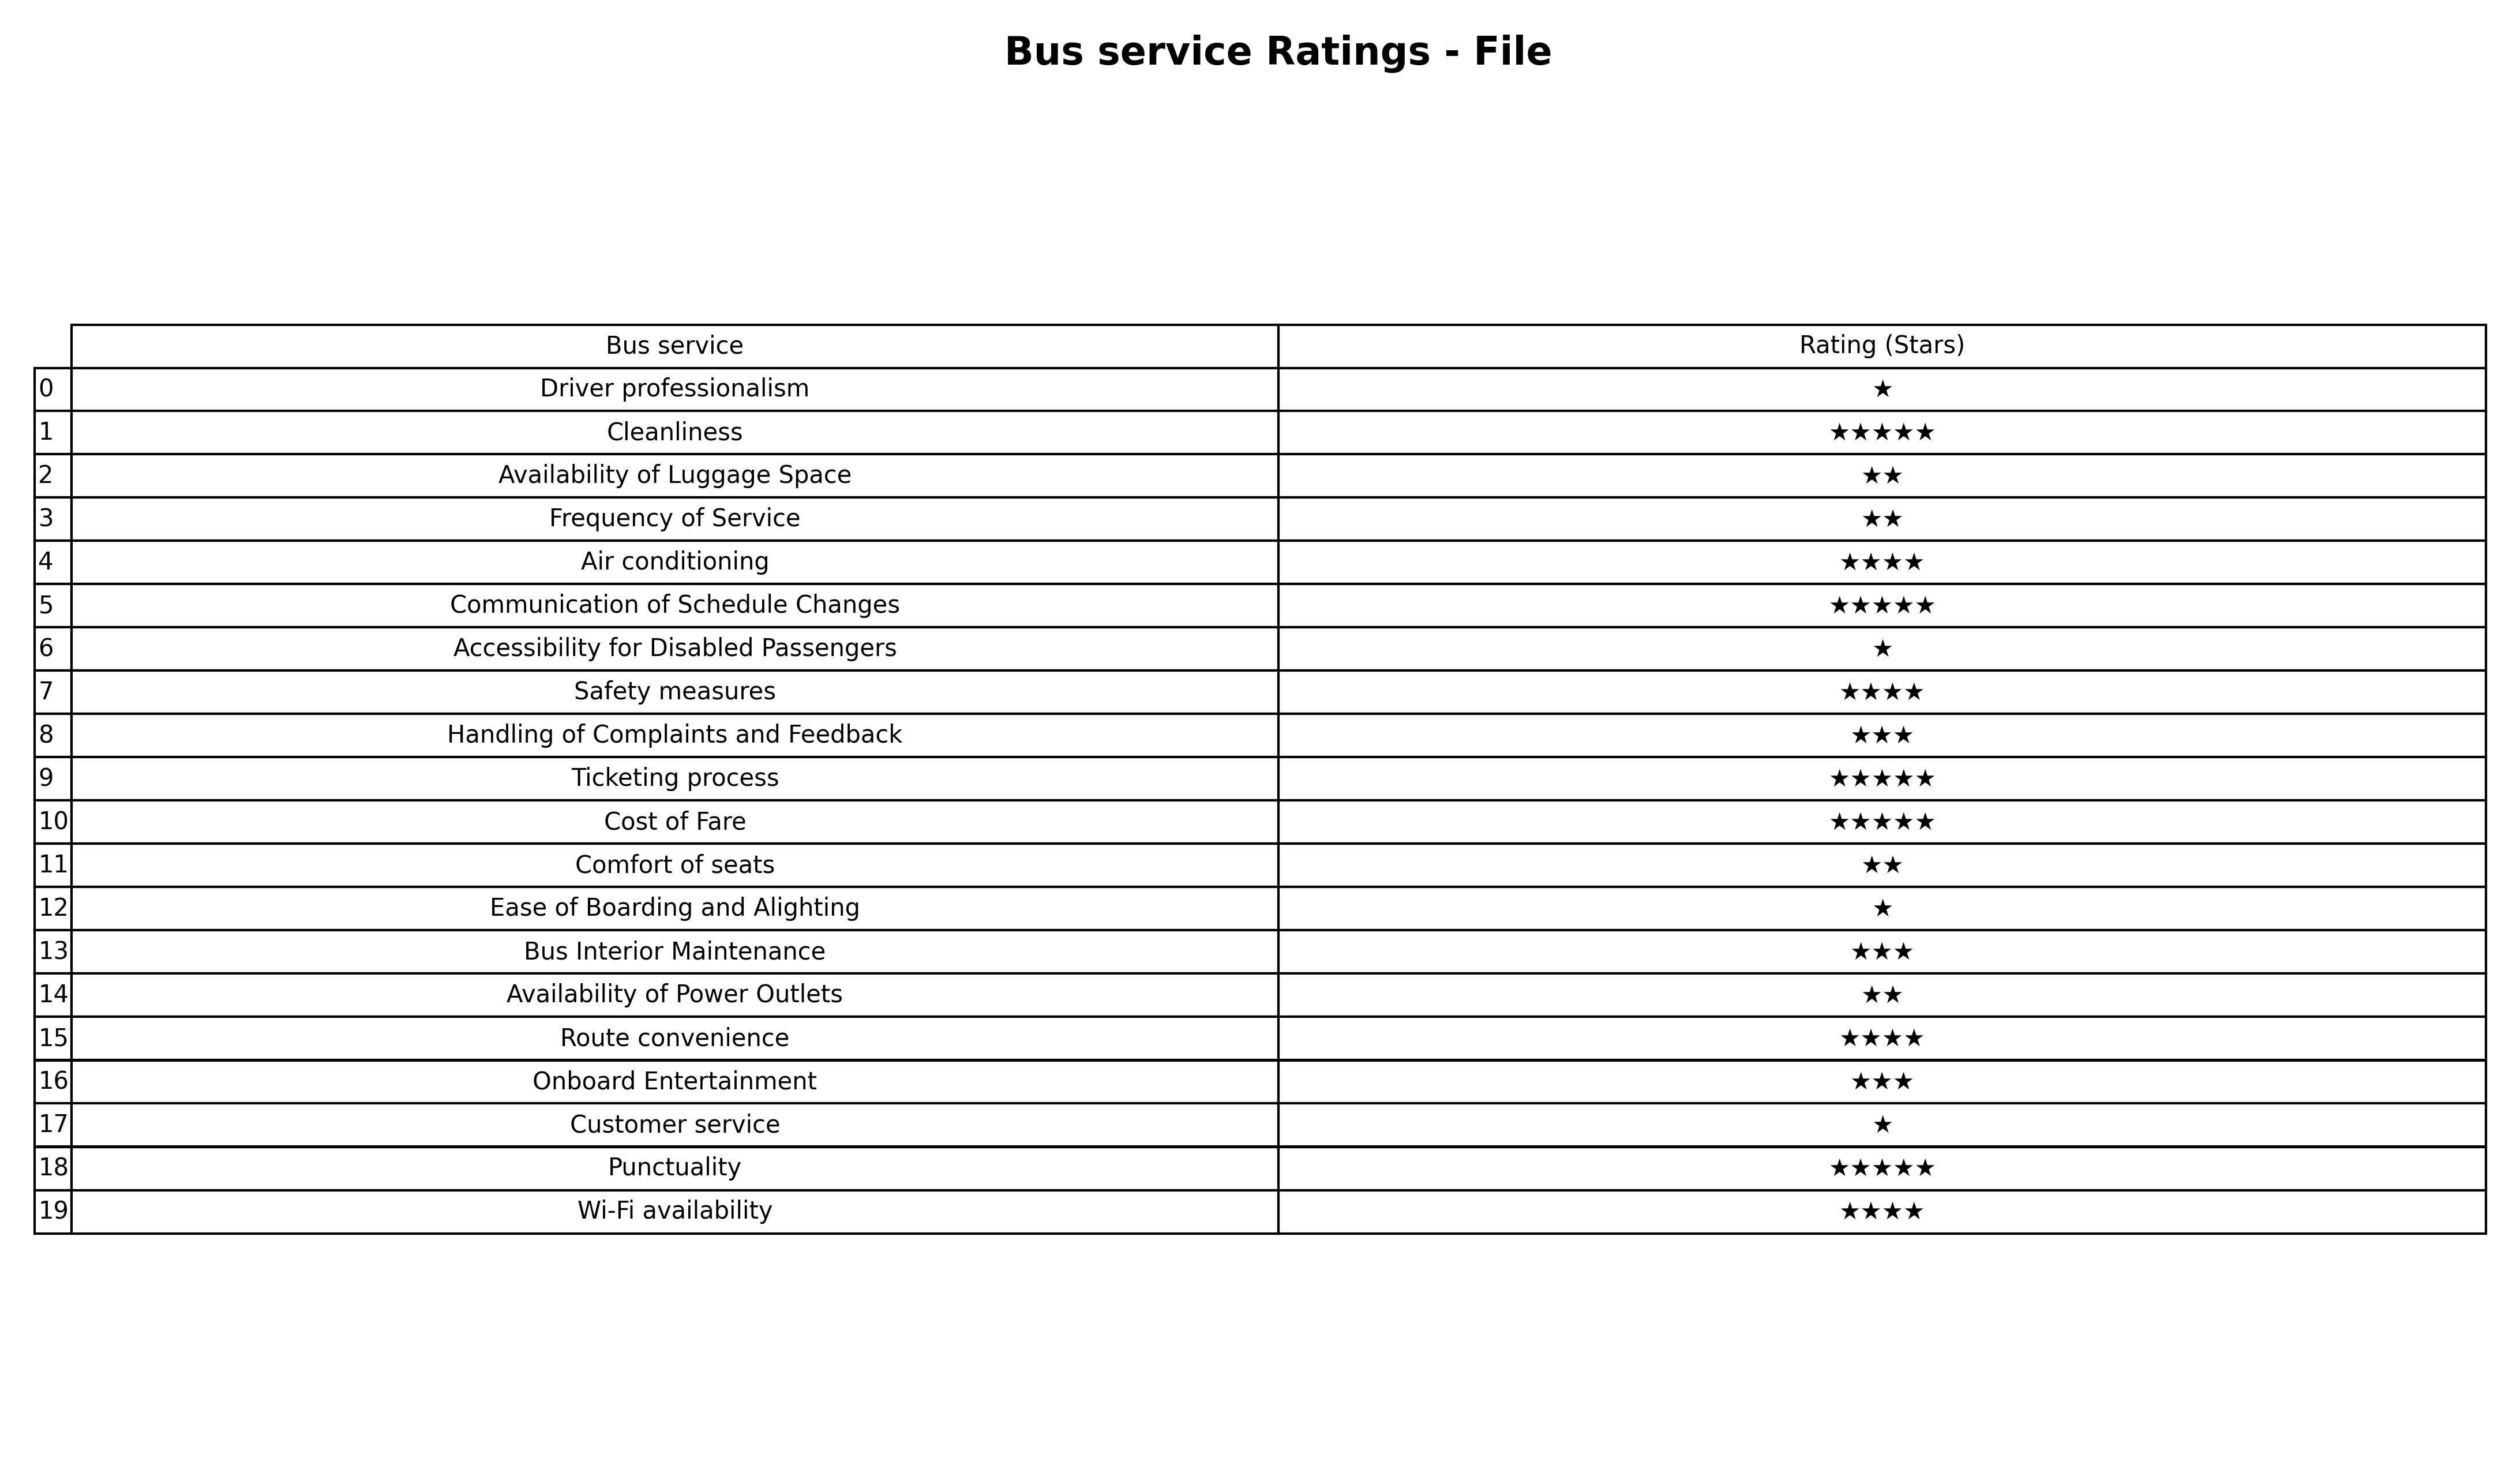
question: What is the rating of Comfort of seats?
answer: ★★